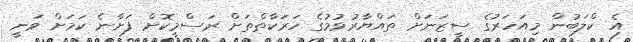
އެ ކްލަބުން މިއަހަރުގެ ސީޒަނަށް ތައްޔާރުވުމުގެ ހަރަކާތްތަށް ރަސްމީކޮށް ފަށާނެ ކަމަށް ވަނީ